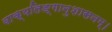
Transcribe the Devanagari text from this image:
वाक्यलिङ्गानुशासनम्।